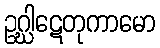
ဥဂ္ဃါဋေတုကာမော